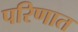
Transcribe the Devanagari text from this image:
परिणात